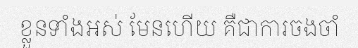
ខ្លួនទាំងអស់ មែនហើយ គឺជាការចងចាំ